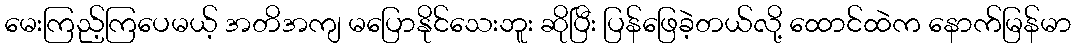
မေးကြည့်ကြပေမယ့် အတိအကျ မပြောနိုင်သေးဘူး ဆိုပြီး ပြန်ဖြေခဲ့တယ်လို့ ထောင်ထဲက နောက်မြန်မာ